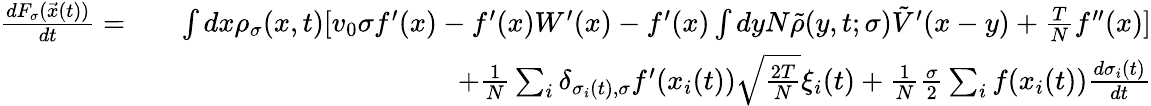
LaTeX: \begin{array}{rlr}{\frac{dF_{\sigma}(\vec{x}(t))}{dt}=}&{}&{\int dx\rho_{\sigma}(x,t)[v_{0}\sigma f^{\prime}(x)-f^{\prime}(x)W^{\prime}(x)-f^{\prime}(x)\int dyN\tilde{\rho}(y,t;\sigma)\tilde{V}^{\prime}(x-y)+\frac{T}{N}f^{\prime\prime}(x)]}\\ &{}&{+\frac{1}{N}\sum_{i}\delta_{\sigma_{i}(t),\sigma}f^{\prime}(x_{i}(t))\sqrt{\frac{2T}{N}}\xi_{i}(t)+\frac{1}{N}\frac{\sigma}{2}\sum_{i}f(x_{i}(t))\frac{d\sigma_{i}(t)}{dt}}\end{array}